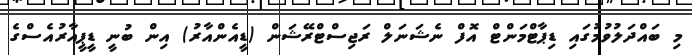
މި ބައްދަލުވުމުގައި ޑިޕާޓްމަންޓް އޮފް ނެޝަނަލް ރަޖިސްޓްރޭޝަން (ޑީއެންއާރު) އިން ބުނީ ޑީޕީއާރުއެސްގެ